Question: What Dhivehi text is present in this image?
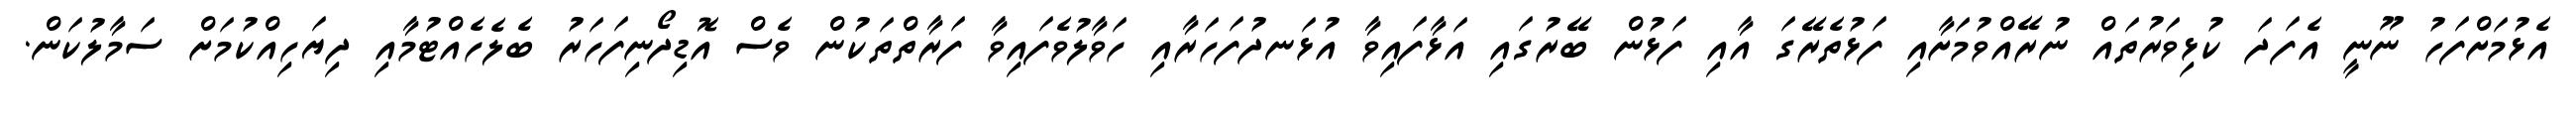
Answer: އެޅުމަށްފަހު ނޫނީ އެފަދަ ކުޅިވަރުތައް ނުރޭއްވުމަށާއި ފަޅުތެރޭގަ އާއި ފަޅުން ބޭރުގައި އަޅާފައިވާ އުޅަނދުފަހަރާއި ހަވާލުވެފައިވާ ފަރާތްތަކުން ވެސް އޮޑިދޯނިފަހަރު ބެލެހެއްޓުމާއި ދިޔަހިއްކުމަށް ސަމާލުކަން.